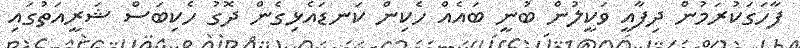
ފާހަގަކުރަމުން ދިފާއީ ވަކީލުން ބުނީ ބައެއް ހެކިން ކަނޑައެޅިގެން ދޮގު ހެކިބަސް ޝަރީއަތުގައި